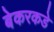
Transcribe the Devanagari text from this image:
बेकरकडे